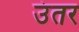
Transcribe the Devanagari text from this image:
उंतर